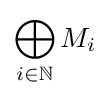
\bigoplus _{i\in \mathbb {N} }M_{i}